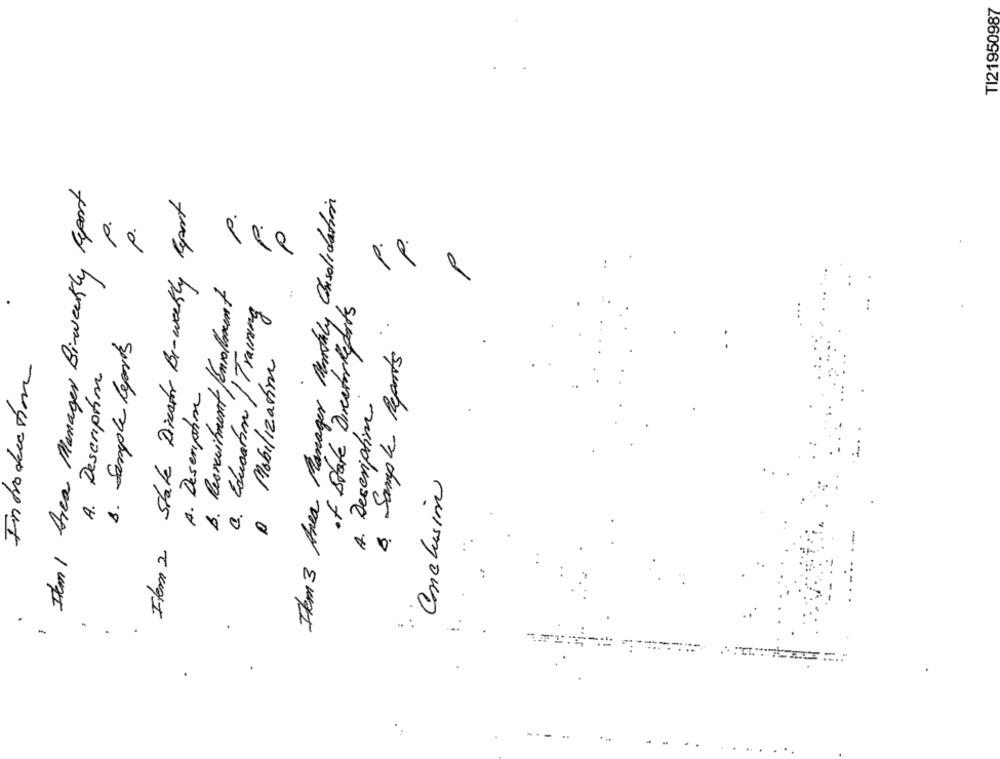
TI21950987
I'm1 Area Manager Birweekly Report
ger Monthly Consolidation
Itern 2 State Diestor Be-weekly Report
P.
p.
p.
P.
B. Resvaritment enrollment
4. Education / Training
of State DirectorReports
8. Sample Reports
8. Sample Reports
A Mobilization
Introduction
A. Description
A. Description
Ikm 3 Area Manager
A. Description
"Conclusión
-
.
...
..